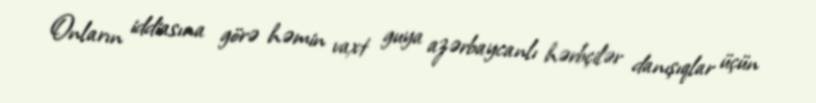
Onların iddiasına görə həmin vaxt guya azərbaycanlı hərbçilər danışıqlar üçün